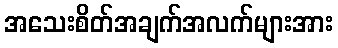
အသေးစိတ်အချက်အလက်များအား